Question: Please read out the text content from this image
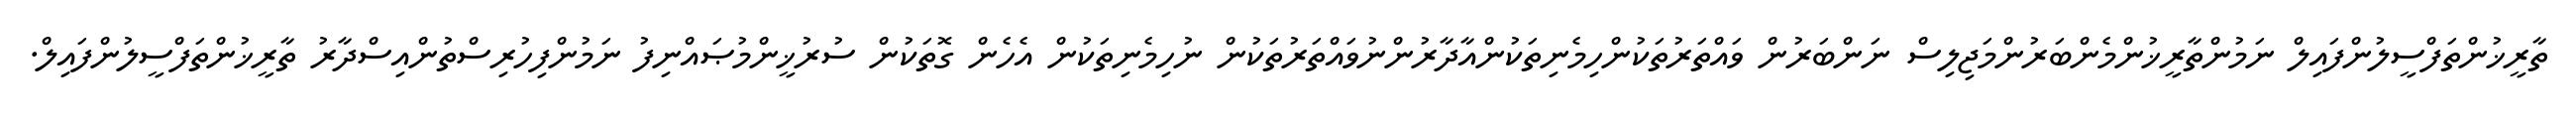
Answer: ތާރީޚުންތަފްސީލުންފައިލް ނަމުންތާރީޚުންމެންބަރުންމަޖިލިސް ނަންބަރުން ވައްތަރުތަކުންހިމެނިތަކުންއާދާރުންނުވައްތަރުތަކުން ނުހިމެނިތަކުން އެހެން ގޮތަކުން ސުރުޚީންމުޞައްނިފު ނަމުންފިހުރިސްތުންއިސްދާރު ތާރީޚުންތަފްސީލުންފައިލް.